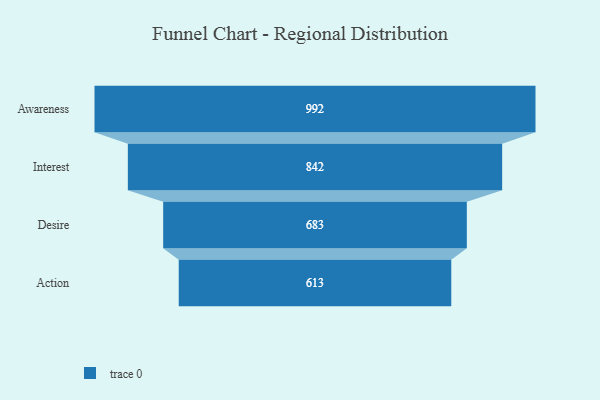
{"axis": {"x": "Stage", "y": "Value"}, "legend": [""], "data": [{"x": "Awareness", "y": 992.0, "type": ""}, {"x": "Interest", "y": 842.0, "type": ""}, {"x": "Desire", "y": 683.0, "type": ""}, {"x": "Action", "y": 613.0, "type": ""}]}